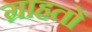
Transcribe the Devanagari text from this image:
ग्राहतों